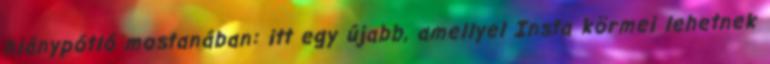
hiánypótló mostanában: itt egy újabb, amellyel Insta körmei lehetnek